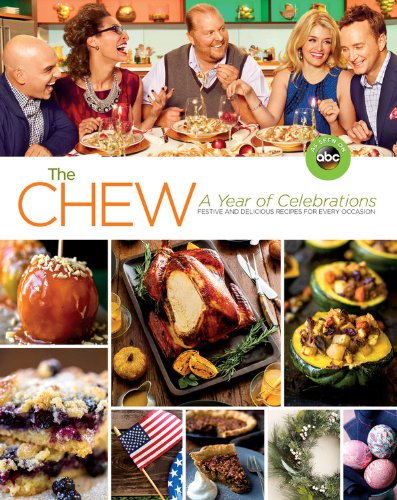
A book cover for The Chew: A Year of Celebrations: Festive and Delicious Recipes for Every Occasion; The Chew; Cookbooks, Food & Wine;